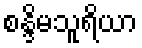
စန္ဒိမသူရိယာ